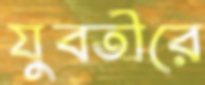
যুবতীরে